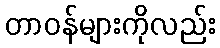
တာဝန်များကိုလည်း